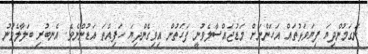
ނަގަމުންދިޔަ ފިޔަވަޅުތައް އަހަންނަށް މަޑުޖައްސާލެވުނީ ފަހަތުން އިވިގެންދިޔަ ހަފިއްތަ އަޑުންނެވެ. އެނބުރި ބަލާލެވުނު